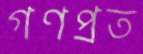
গণপ্রত